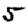
Digit: 5